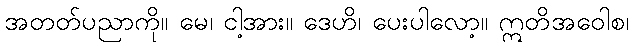
အတတ်ပညာကို။ မေ၊ ငါ့အား။ ဒေဟိ၊ ပေးပါလော့။ ဣတိအဝေါစ၊